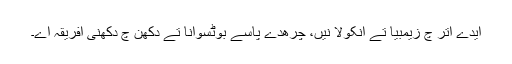
ایدے اتر چ زیمبیا تے انکولا نیں، چرھدے پاسے بوٹسوانا تے دکھن چ دکھنی افریقہ اے۔